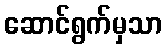
ဆောင်ရွက်မှသာ